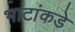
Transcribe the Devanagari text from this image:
भाटांकडे